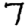
Digit: 7